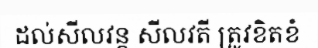
ដល់សីលវន្ត សីលវតី ត្រូវខិតខំ